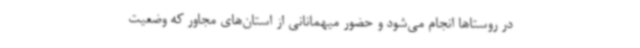
در روستاها انجام می‌شود و حضور میهمانانی از استان‌های مجاور که وضعیت